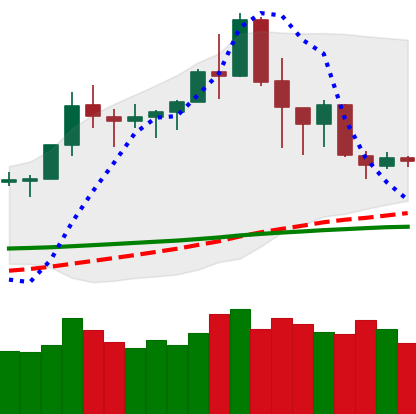
Ticker: TRX-USD
Chart end date: 2020-02-22
Forward return: -15.673%
Label: down_7plus